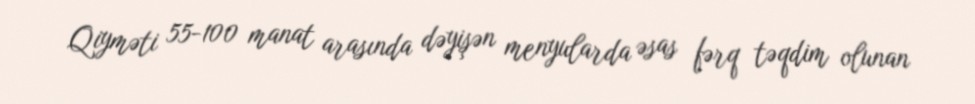
Qiyməti 55-100 manat arasında dəyişən menyularda əsas fərq təqdim olunan